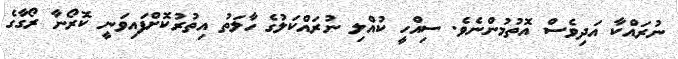
ނުރައްކާ އަދިވެސް އޮތުމުންނެވެ. ސިއްހީ ކުއްލި ނުރައްކަލުގެ ހާލަތު އިތުރުކޮށްފައިވަނީ ކޮރޯނާ ރޯގާގެ